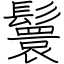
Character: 鬟